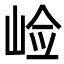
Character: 崄